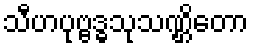
သီဟပုဗ္ဗဒ္ဓသုသဏ္ဌိတော